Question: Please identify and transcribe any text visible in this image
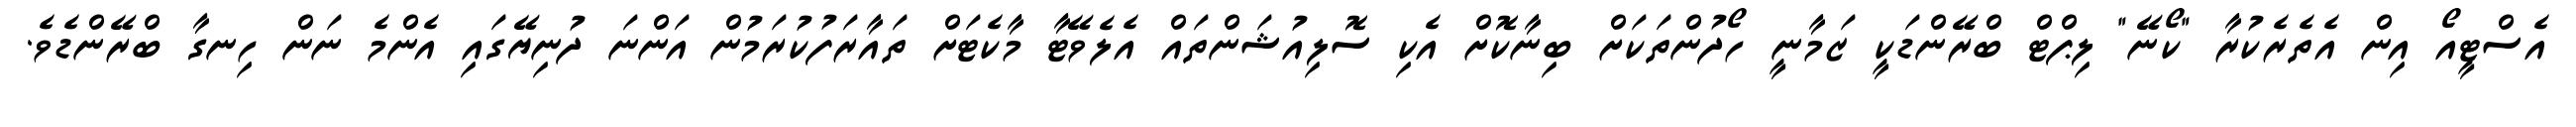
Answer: އެސްޓީއޯ އިން އެތެރެކުރާ "ކޯނޭ" ލިޕްޓް ބްރޭންޑަކީ ޒަމާނީ ހޯދުންތަކަށް ބިނާކޮށް އެކި ސޮލިއުޝަންތައް އެލެވޭޓާ މާކެޓަށް ތައާރަފުކުރަމުން އަންނަ ދުނިޔޭގައި އެންމެ ނަން ހިނގާ ބްރޭންޑެވެ.